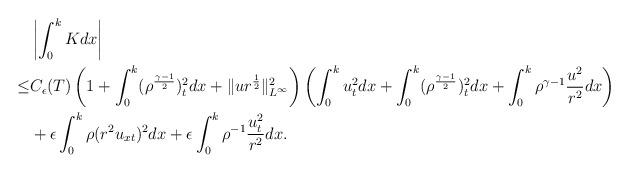
LaTeX: \begin{align*}\begin{aligned}&\left|\int_0^kKdx\right|\\\leq&C_\epsilon(T)\left(1+\int_0^k(\rho^{\frac{\gamma-1}{2}})_t^2dx+\|ur^{\frac{1}{2}}\|_{L^\infty}^2\right)\left(\int_0^ku_t^2dx+\int_0^k(\rho^{\frac{\gamma-1}{2}})_t^2dx+\int_0^k\rho^{\gamma-1}\frac{u^2}{r^2}dx\right)\\&+\epsilon\int_0^k\rho(r^2u_{xt})^2dx+\epsilon\int_0^k\rho^{-1}\frac{u_t^2}{r^2}dx.\end{aligned}\end{align*}